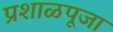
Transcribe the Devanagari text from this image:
प्रशाळपूजा